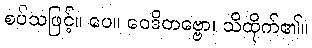
စပ်သဖြင့်။ ပေ။ ဝေဒိတဗ္ဗော၊ သိထိုက်၏။